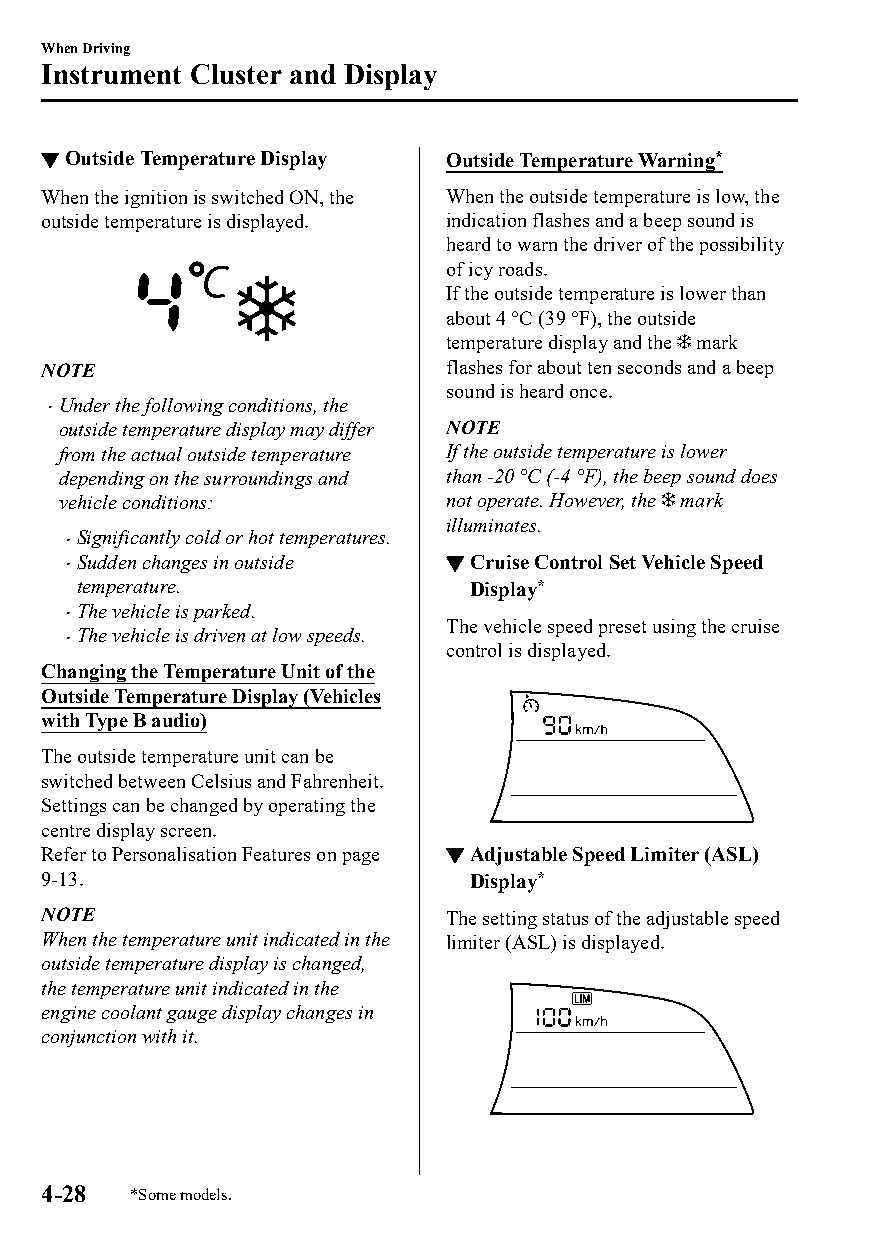
When Driving
 Instrument Cluster and Display
 ▼Outside Temperature Display Outside Temperature Warning*
 When the ignition is switched ON, the When the outside temperature is low, the
 outside temperature is displayed. indication flashes and a beep sound is
 heard to warn the driver of the possibility
 of icy roads.
 If the outside temperature is lower than
 about 4 °C (39 °F), the outside
 temperature display and the mark
 NOTE                       flashes for about ten seconds and a beep
 sound is heard once.
 Under the following conditions, the
 
 outside temperature display may differ NOTE
 from the actual outside temperature If the outside temperature is lower
 depending on the surroundings and than -20 °C (-4 °F), the beep sound does
 vehicle conditions:      not operate. However, the mark
 illuminates.
 Significantly cold or hot temperatures.
 
 Sudden changes in outside ▼Cruise Control Set Vehicle Speed
 
 temperature.              Display*
 The vehicle is parked.
 
 The vehicle speed preset using the cruise
 The vehicle is driven at low speeds.
 
 control is displayed.
 Changing the Temperature Unit of the
 Outside Temperature Display (Vehicles
 with Type B audio)
 The outside temperature unit can be
 switched between Celsius and Fahrenheit.
 Settings can be changed by operating the
 centre display screen.
 Refer to Personalisation Features on page ▼Adjustable Speed Limiter (ASL)
 9-13.                        Display*
 NOTE                       The setting status of the adjustable speed
 When the temperature unit indicated in the limiter (ASL) is displayed.
 outside temperature display is changed,
 the temperature unit indicated in the
 engine coolant gauge display changes in
 conjunction with it.
 4-28  *Some models.
 CX-3_8GT4-EE-18D_Edition4                  2018-9-6 18:32:19